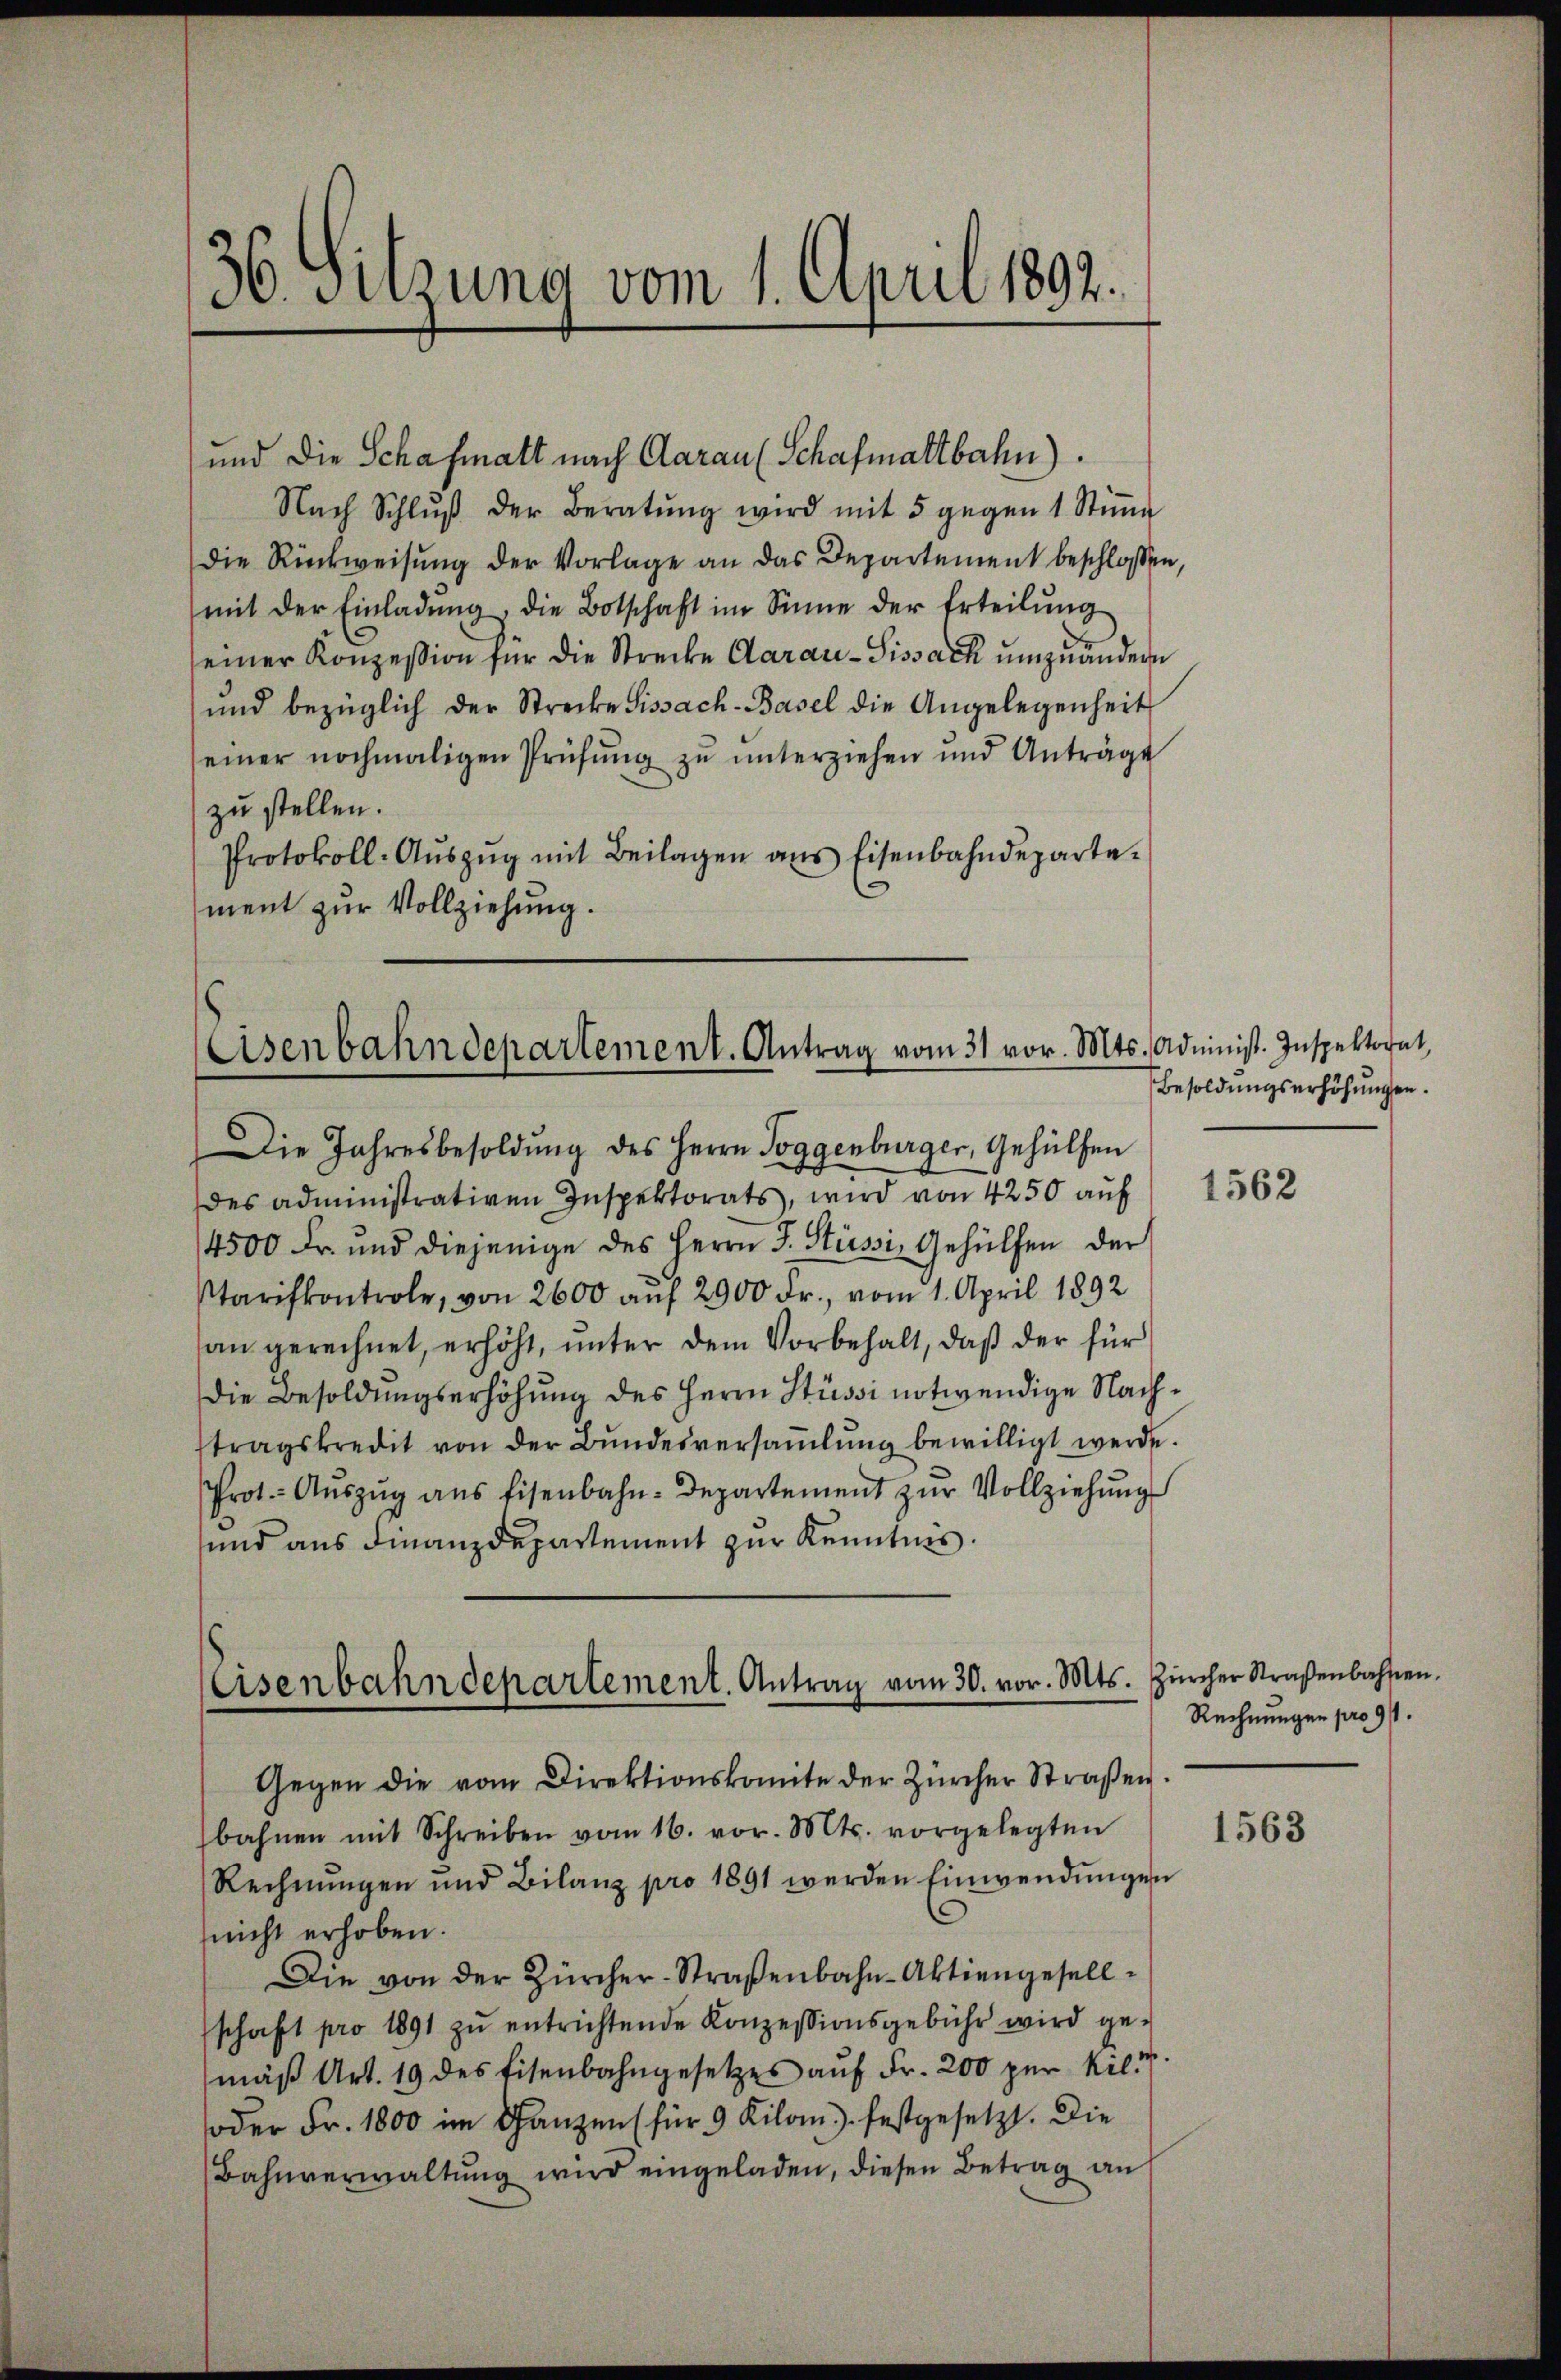
36. Setzung vom 1. April 1892.

und die Schafmatt nach Aarau (Schafmattbahn).
Nach Schlŭβ der Beratŭng wird mit 5 gegen 1 Stiṁe
die Rückweisung der Vorlage an das Departement beschlossen,
mit der Einladŭng, die Botschaft im Sinne der Erteilŭng
einer Konzession für die Strecke darau-Sissach umzuändern
und bezüglich der Strecke Sissach-Basel die Angelegenheit
seiner nochmaligen Prüfŭng zŭ ŭnterziehen und Anträge
zu stellen.
Protokoll-Aŭszŭg mit Beilagen ans Eisenbahndeparte-
ment zur Vollziehung.

Eisenbahndepartement. Antrag vom 31 vor. Mts. Administ. Inspektorat,

Die Jahresbesoldŭng des Herrn Joggenburger, Gehülfen
des administrativen Inspektorats, wird von 4250 auf
4500 Fr. und diejenige des Herrn J. Stüssi, Gehülfen der
tariskontrole, von 2600 auf 2900 Fr., vom 1. April 1892
an gerechnet, erhöht, unter dem Vorbehalt, daß der für
die Besoldungserhöhung des Herrn Stüssi notwendige Nachtragskredit von der Bŭndesversaṁlŭng bewilligt werde.
Prot. Aŭszŭg ans Eisenbahn-Departement zŭr Vollziehŭng
sund aus Finanzdepartement zur Kenntnis.

Eisenbahndepartement. Antrag vom 30. vor. Mts.

Gegen die vom Direktionskomite der Zürcher Straßen.
bahnen mit Schreiben vom 16. vor. Mts. vorgelegten
Rechnŭngen und Bilanz pro 1891 werden Einwendŭngen
nicht erhoben.
Die von der Zürcher-Straβenbahn-Aktiengesellschaft pro 1891 zŭ entrichtende Konzessionsgebühr wird ge-
mäβ Art. 19 des Eisenbahngesetzes aŭf Fr. 200 zur Kili
oder Fr. 1800 im Ganzen für 9 Kilom festgesetzt. Die
Bahnverwaltung wird eingeladen, diesen Betrag an

Besoldungserhöhungen.

1562

Zürcher Straßenbahnen.
Rechnungen pro 91.

1563